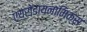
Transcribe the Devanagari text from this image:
एयरोडायनामिक्स